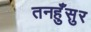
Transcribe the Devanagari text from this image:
तनहुँसुर